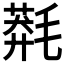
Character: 𣯬